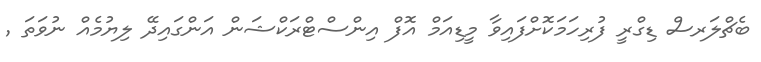
ބެޗްލަރސް ޑިގްރީ ފުރިހަމަކޮށްފައިވާ މީޑިއަމް އޮފް އިންސްޓްރަކްޝަން އަންގައިދޭ ލިޔުމެއް ނުވަތަ